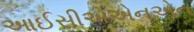
આઈસીએએનએન